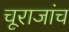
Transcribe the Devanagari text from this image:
चूराजांच